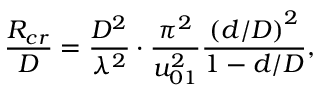
\frac { R _ { c r } } { D } = \frac { D ^ { 2 } } { \lambda ^ { 2 } } \cdot \frac { \pi ^ { 2 } } { u _ { 0 1 } ^ { 2 } } \frac { \left( d / D \right) ^ { 2 } } { 1 - d / D } ,